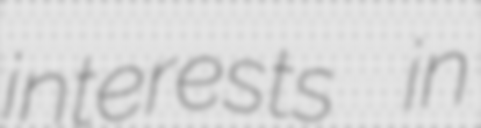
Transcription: interests in